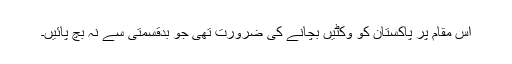
اس مقام پر پاکستان کو وکٹیں بچانے کی ضرورت تھی جو بدقسمتی سے نہ بچ پائیں۔